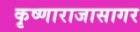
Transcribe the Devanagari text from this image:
कृष्णाराजासागर